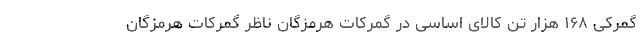
گمرکی ۱۶۸ هزار تن کالای اساسی در گمرکات هرمزگان ناظر گمرکات هرمزگان